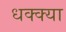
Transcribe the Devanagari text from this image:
धक्क्या